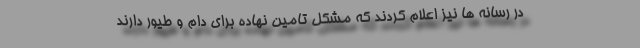
در رسانه ها نیز اعلام کردند که مشکل تامین نهاده برای دام و طیور دارند